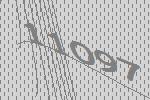
11097